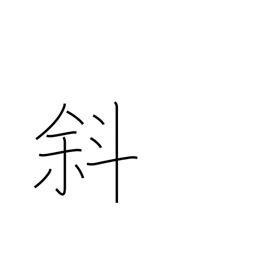
Meaning: diagonal